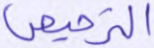
الترخيص